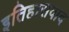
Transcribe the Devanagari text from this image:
इतिहासवाद